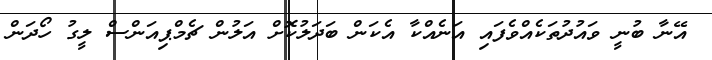
އޭނާ ބުނީ ވައުދުތަކެއްވެފައި އަނެއްކާ އެކަން ބަދަލުކޮށް އަލުން ޗެމްޕިއަންސް ލީގު ހޯދަން